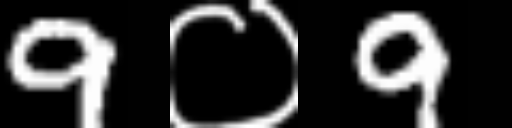
Text: 9०9